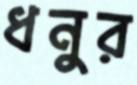
ধনুর